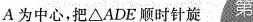
A为中心，把△ADE顺时针旋 第